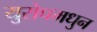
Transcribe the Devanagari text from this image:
युरोपमधुन